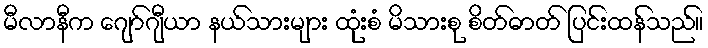
မီလာနီက ဂျော်ဂျီယာ နယ်သားများ ထုံးစံ မိသားစု စိတ်ဓာတ် ပြင်းထန်သည်။